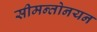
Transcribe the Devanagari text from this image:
सीमन्तोनयन